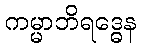
ကမ္မာဘိရဒ္ဓေန